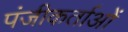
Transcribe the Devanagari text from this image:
पंजीकर्ताओं